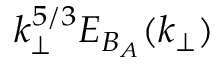
k _ { \perp } ^ { 5 / 3 } E _ { B _ { A } } ( k _ { \perp } )